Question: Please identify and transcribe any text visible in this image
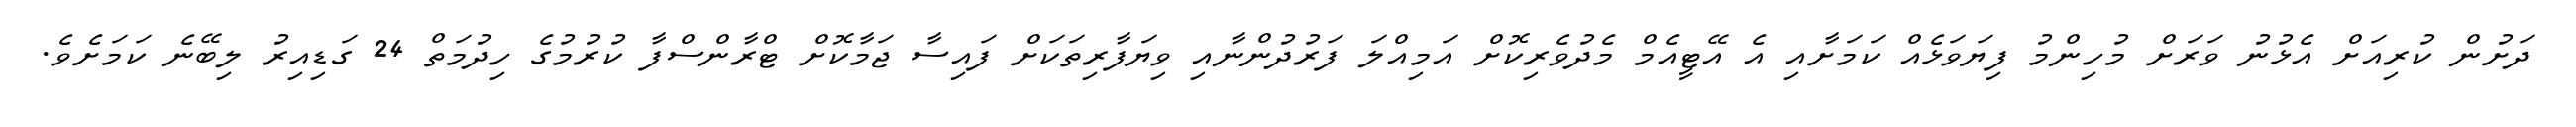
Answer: ދަށުން ކުރިއަށް އެޅުނު ވަރަށް މުހިންމު ފިޔަވަޅެއް ކަމަށާއި އެ އޭޓީއެމް މެދުވެރިކޮށް އަމިއްލަ ފަރުދުންނާއި ވިޔަފާރިތަކަށް ފައިސާ ޖަމާކޮށް ޓްރާންސްފާ ކުރުމުގެ ހިދުމަތް 24 ގަޑިއިރު ލިބޭނެ ކަމަށެވެ.